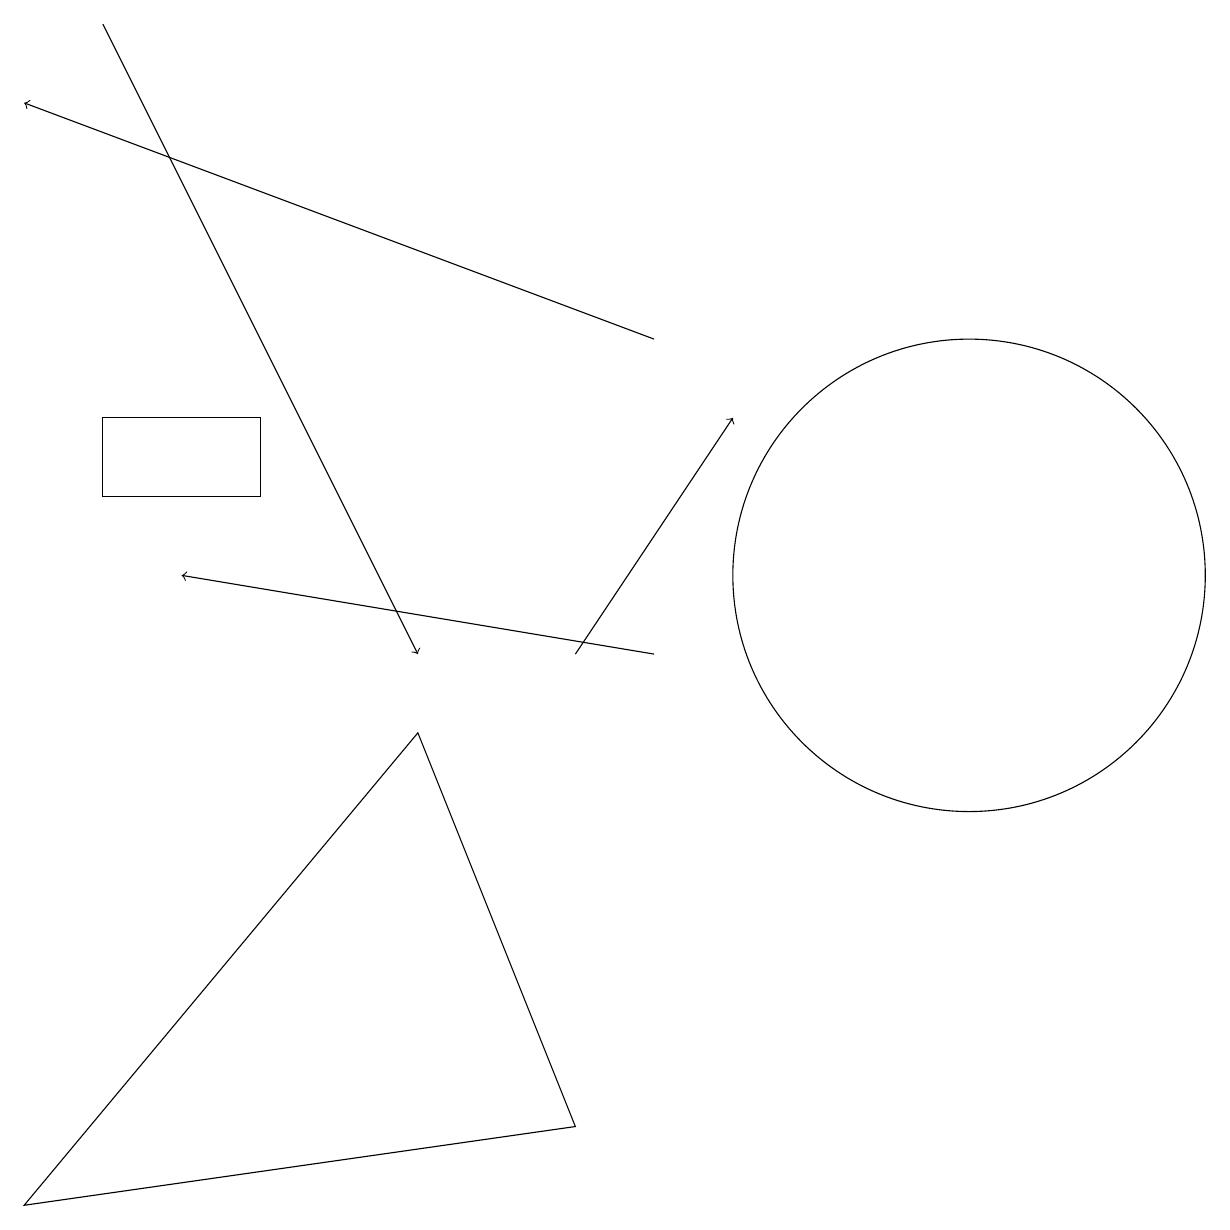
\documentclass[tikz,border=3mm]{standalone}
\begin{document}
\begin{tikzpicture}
\draw (12,11) circle (3);
\draw[->] (8,14) -- (0,17);
\draw (1,13) rectangle (3,12);
\draw (0,3) -- (5,9) -- (7,4) -- cycle;
\draw[->] (7,10) -- (9,13);
\draw[->] (1,18) -- (5,10);
\draw (10,11) circle (0);
\draw[->] (8,10) -- (2,11);
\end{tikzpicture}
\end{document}